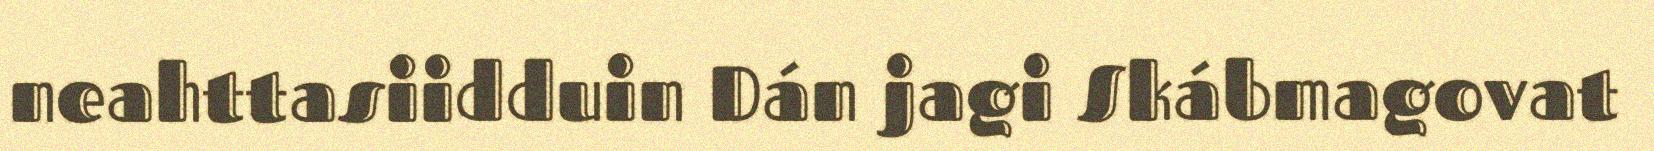
neahttasiidduin Dán jagi Skábmagovat